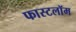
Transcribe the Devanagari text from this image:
फास्टलॉम